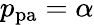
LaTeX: p_{\mathrm{pa}}=\alpha